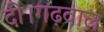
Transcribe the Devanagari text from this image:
दी।गढ़वाल